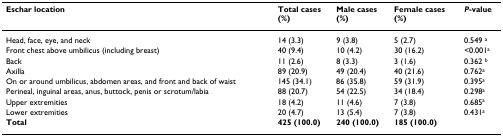
<table><thead><tr><td><b>Eschar location</b></td><td><b>Total cases(%)</b></td><td><b>Male cases(%) </b></td><td><b>Female cases (%)</b></td><td><b><i>P</i>-value</b></td></tr></thead><tbody><tr><td>Head, face, eye, and neck</td><td>14 (3.3)</td><td>9 (3.8)</td><td>5 (2.7)</td><td>0.549 <sup>a</sup></td></tr><tr><td>Front chest above umbilicus (including breast)</td><td>40 (9.4)</td><td>10 (4.2)</td><td>30 (16.2)</td><td>&lt;0.001<sup>a</sup></td></tr><tr><td>Back</td><td>11 (2.6)</td><td>8 (3.3)</td><td>3 (1.6)</td><td>0.362 <sup>b</sup></td></tr><tr><td>Axilla</td><td>89 (20.9)</td><td>49 (20.4)</td><td>40 (21.6)</td><td>0.762<sup>a</sup></td></tr><tr><td>On or around umbilicus, abdomen areas, and front and back of waist</td><td>145 (34.1)</td><td>86 (35.8)</td><td>59 (31.9)</td><td>0.395<sup>a</sup></td></tr><tr><td>Perineal, inguinal areas, anus, buttock, penis or scrotum/labia</td><td>88 (20.7)</td><td>54 (22.5)</td><td>34 (18.4)</td><td>0.298<sup>a</sup></td></tr><tr><td>Upper extremities</td><td>18 (4.2)</td><td>11 (4.6)</td><td>7 (3.8)</td><td>0.685<sup>a</sup></td></tr><tr><td>Lower extremities</td><td>20 (4.7)</td><td>13 (5.4)</td><td>7 (3.8)</td><td>0.431<sup>a</sup></td></tr><tr><td><b>Total</b></td><td><b>425 (100.0)</b></td><td><b>240 (100.0)</b></td><td><b>185 (100.0)</b></td><td></td></tr></tbody></table>